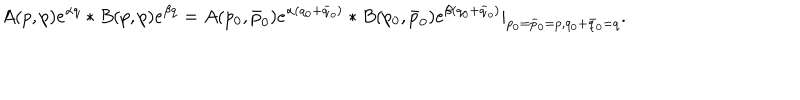
A ( p , p ) e ^ { \alpha q } * B ( p , p ) e ^ { \beta q } = A ( p _ { 0 } , \bar { p } _ { 0 } ) e ^ { \alpha ( q _ { 0 } + \bar { q } _ { o } ) } * B ( p _ { 0 } , \bar { p } _ { 0 } ) e ^ { \beta ( q _ { 0 } + \bar { q } _ { o } ) } | _ { p _ { 0 } = \bar { p } _ { 0 } = p , q _ { 0 } + \bar { q } _ { 0 } = q } .